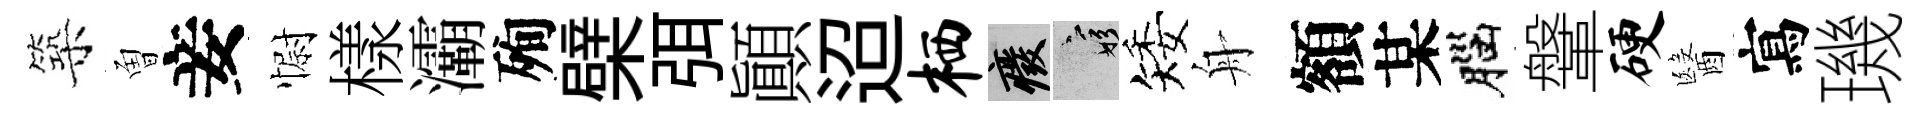
築曽妾𢠢樣灞殉檗弭顚迢栖廢窮矮舟額某腦鞶硬醫寫璣